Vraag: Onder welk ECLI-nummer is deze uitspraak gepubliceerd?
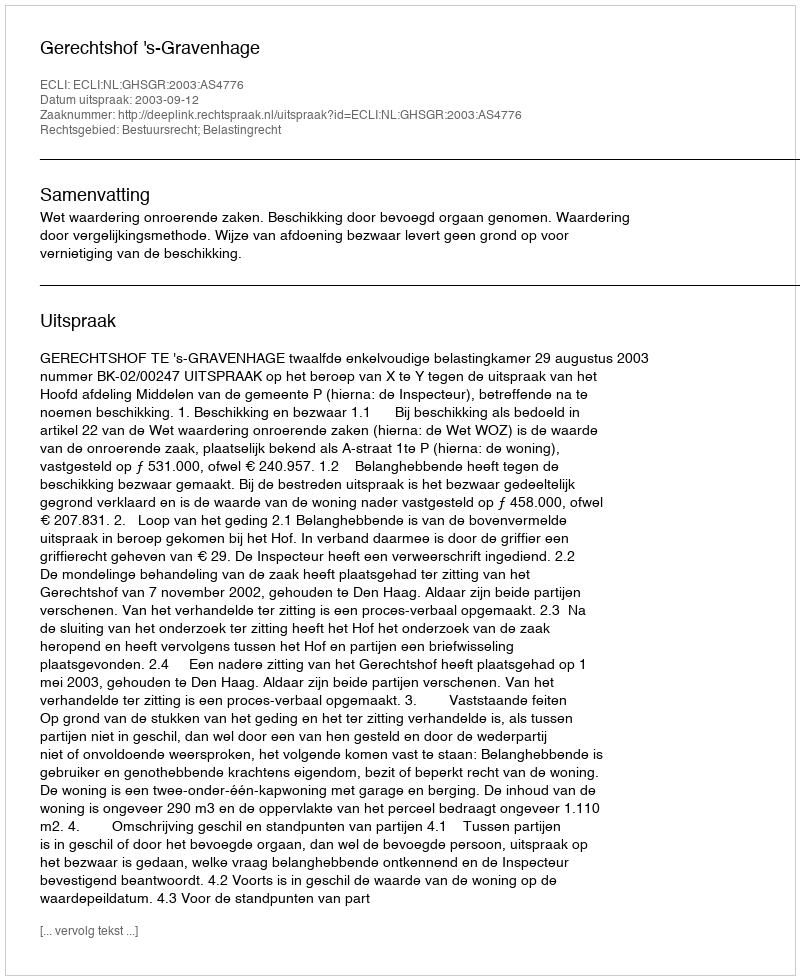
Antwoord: ECLI:NL:GHSGR:2003:AS4776